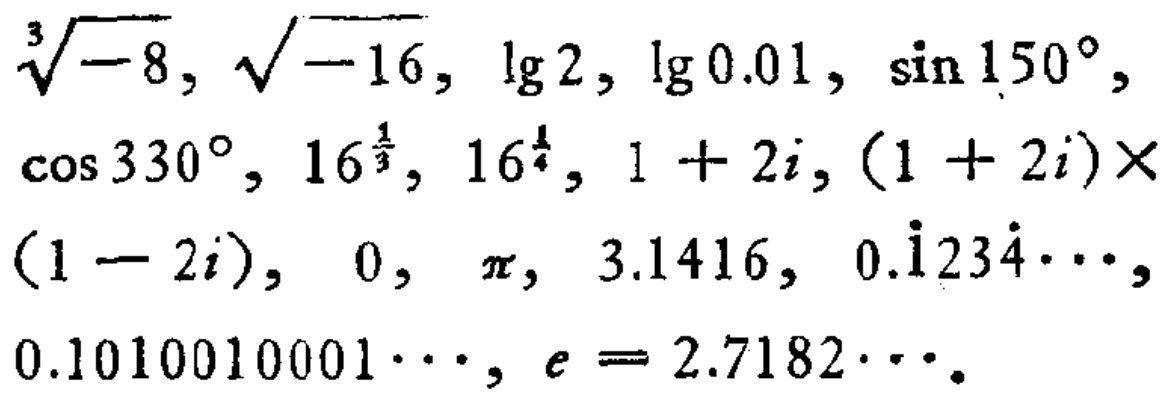
$\sqrt[3]{-8}, \sqrt{-16}, \lg2, \lg0.01, \sin150^{\circ}, \cos330^{\circ}, 16^{\frac{1}{3}}, 16^{\frac{1}{4}}, 1 + 2i, (1 + 2i)\times(1 - 2i), 0, \pi, 3.1416, 0.\dot{1}23\dot{4}\cdots, 0.1010010001\cdots, e = 2.7182\cdots$